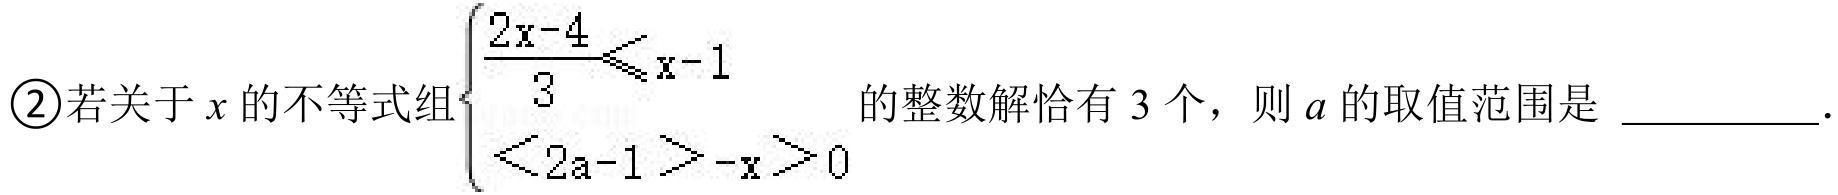
\textcircled{2}若关于\(x\)的不等式组\(\begin{cases}\dfrac{2x - 4}{3}\leqslant x - 1\\-x>0\\x<2a - 1\end{cases}\)的整数解恰有\(3\)个，则\(a\)的取值范围是  ．